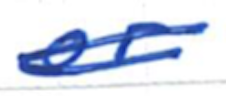
Text: or
Cross-out: double-line
Writing tool: ballpoint